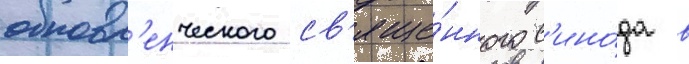
обновл'енческого св'яще́нного с'ино́да в